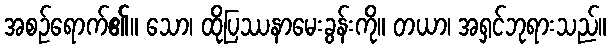
အစဉ်ရောက်၏။ သော၊ ထိုပြဿနာမေးခွန်းကို။ တယာ၊ အရှင်ဘုရားသည်။